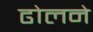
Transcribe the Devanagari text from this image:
ढोलने